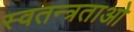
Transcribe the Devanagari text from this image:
स्वतन्त्रताओ